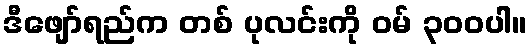
ဒီဖျော်ရည်က တစ် ပုလင်းကို ဝမ် ၃၀၀ပါ။